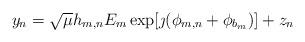
LaTeX: \begin{align*}y_n = \sqrt{\mu}h_{m,n}E_m\exp[\jmath(\phi_{m,n}+ \phi_{b_m})] + z_{n}\end{align*}